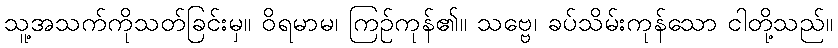
သူ့အသက်ကိုသတ်ခြင်းမှ။ ဝိရမာမ၊ ကြဉ်ကုန်၏။ သဗ္ဗေ၊ ခပ်သိမ်းကုန်သော ငါတို့သည်။